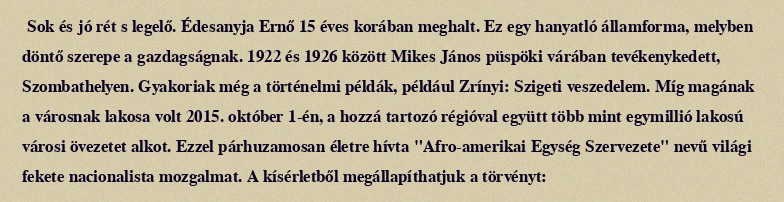
Sok és jó rét s legelő. Édesanyja Ernő 15 éves korában meghalt. Ez egy hanyatló államforma, melyben döntő szerepe a gazdagságnak. 1922 és 1926 között Mikes János püspöki várában tevékenykedett, Szombathelyen. Gyakoriak még a történelmi példák, például Zrínyi: Szigeti veszedelem. Míg magának a városnak lakosa volt 2015. október 1-én, a hozzá tartozó régióval együtt több mint egymillió lakosú városi övezetet alkot. Ezzel párhuzamosan életre hívta "Afro-amerikai Egység Szervezete" nevű világi fekete nacionalista mozgalmat. A kísérletből megállapíthatjuk a törvényt: